Report of the Indian Hemp Drugs Commission, 1894-1895 - Volume VIII
Year: 1894
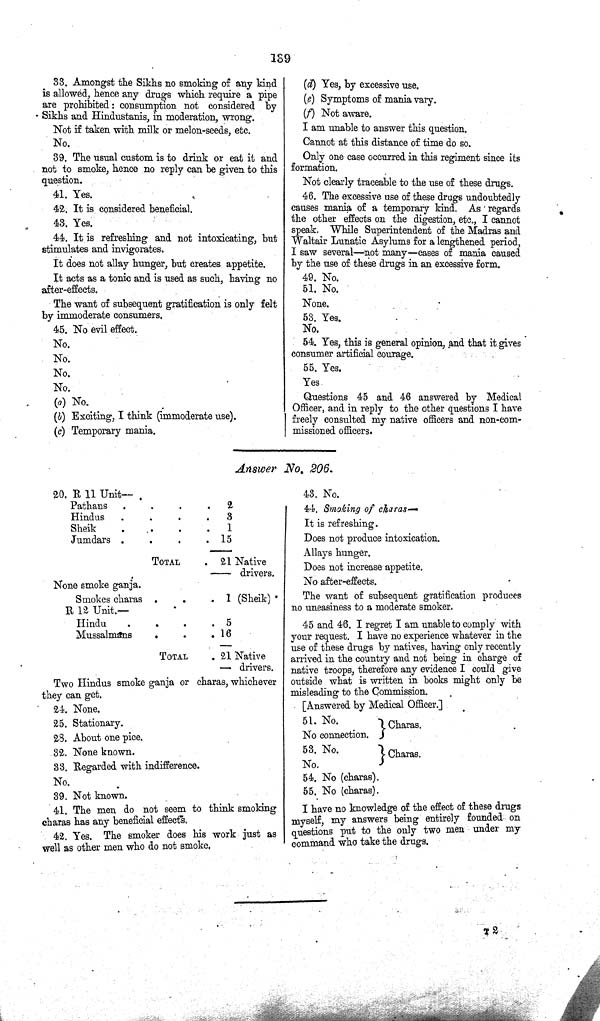
139
33. Amongst the Sikhs no smoking of any kind
is allowed, hence any drugs which require a pipe
are prohibited: consumption not considered by
Sikhs and Hindustanis, in moderation, wrong.
Not if taken with milk or melon-seeds, etc.
No.
39. The usual custom is to drink or eat it and
not to smoke, hence no reply can be given to this
question.
41. Yes.
42. It is considered beneficial.
43. Yes.
44. It is refreshing and not intoxicating, but
stimulates and invigorates.
It does not allay hunger, but creates appetite.
It acts as a tonic and is used as such, having no
after-effects.
The want of subsequent gratification is only felt
by immoderate consumers.
45. No evil effect.
No.
No.
No.
No.
(a) No.
(b) Exciting, I think (immoderate use).
(c) Temporary mania.
(d) Yes, by excessive use.
(e) Symptoms of mania vary.
(f) Not aware.
I am unable to answer this question.
Cannot at this distance of time do so.
Only one case occurred in this regiment since its
formation.
Not clearly traceable to the use of these drugs.
46. The excessive use of these drugs undoubtedly
causes mania of a temporary kind. As regards
the other effects on the digestion, etc., I cannot
speak. While Superintendent of the Madras and
Waltair Lunatic Asylums for a lengthened period,
I saw several—not many—cases of mania caused
by the use of these drugs in an excessive form.
49. No.
51. No.
None.
53. Yes.
No.
54. Yes, this is general opinion, and that it gives
consumer artificial courage.
55. Yes.
Yes
Questions 45 and 46 answered by Medical
Officer, and in reply to the other questions I have
freely consulted my native officers and non-com¬
missioned officers.
Answer No. 206.
20. R 11 Unit—
Pathans
2
Hindus
3
Sheik
1
Jumdars
15
TOTAL
21 Native
drivers.
None smoke ganja.
Smokes chars
1 (Sheik)
R 12 Unit.—
Hindu
5
Mussalmans
16
TOTAL
21 Native
drivers.
Two Hindus smoke ganja or charas, whichever
they can get.
24. None.
25. Stationary.
28. About one pice.
32. None known.
33. Regarded with indifference.
No.
39. Not known.
41. The men do not seem to think smoking
charas has any beneficial effects.
42. Yes. The smoker does his work just as
well as other men who do not smoke.
43. No.
44. Smoking of charas—
It is refreshing.
Does not produce intoxication.
Allays hunger.
Does not increase appetite.
No after-effects.
The want of subsequent gratification produces
no uneasiness to a moderate smoker.
45 and 46. I regret I am unable to comply with
your request. I have no experience whatever in the
use of these drugs by natives, having only recently
arrived in the country and not being in charge of
native troops, therefore any evidence I could give
outside what is written in books might only be
misleading to the Commission.
[Answered by Medical Officer.]
51.
No.
Charas.
No connection.
53. No.
Charas.
No.
54. No (charas).
55. No (charas).
I have no knowledge of the effect of these drugs
myself, my answers being entirely founded on
questions put to the only two men under my
command who take the drugs.
T 2